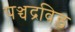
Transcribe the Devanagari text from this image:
पञ्चद्रविड़